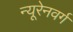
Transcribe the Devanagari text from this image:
न्यूरेनवर्ग